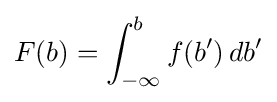
F(b)=\int _{-\infty }^{b}f(b')\,db'